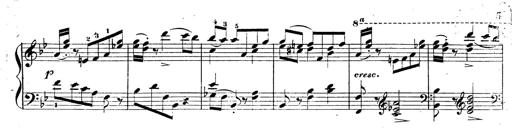
Title: 3 Caprices-Valses
Composer: Franz Liszt